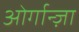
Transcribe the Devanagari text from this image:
ओर्गान्ज़ा